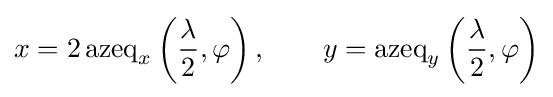
x=2\operatorname {azeq} _{x}\left({\frac {\lambda }{2}},\varphi \right),\qquad y=\operatorname {azeq} _{y}\left({\frac {\lambda }{2}},\varphi \right)